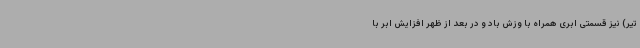
تیر) نیز قسمتی ابری همراه با وزش باد و در بعد از ظهر افزایش ابر با